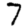
Digit: 7